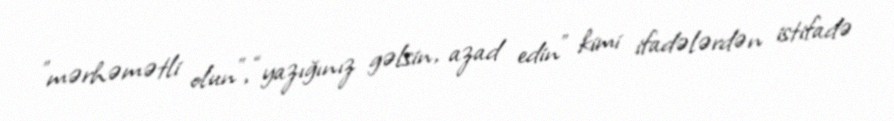
”mərhəmətli olun", “yazığınız gəlsin, azad edin” kimi ifadələrdən istifadə